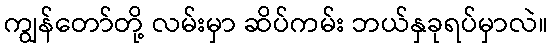
ကျွန်တော်တို့ လမ်းမှာ ဆိပ်ကမ်း ဘယ်နှခုရပ်မှာလဲ။